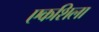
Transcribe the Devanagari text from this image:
एकशिला